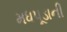
મધપૂડાની